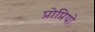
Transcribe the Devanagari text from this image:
प्रोप्रियो